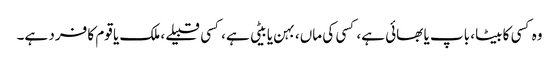
وہ کسی کا بیٹا، باپ یا بھائی ہے، کسی کی ماں، بہن یا بیٹی ہے، کسی قبیلے، ملک یا قوم کا فرد ہے۔